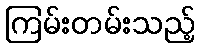
ကြမ်းတမ်းသည့်